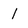
Character: 1